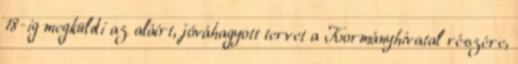
18-ig megküldi az aláírt, jóváhagyott tervet a Kormányhivatal részére,